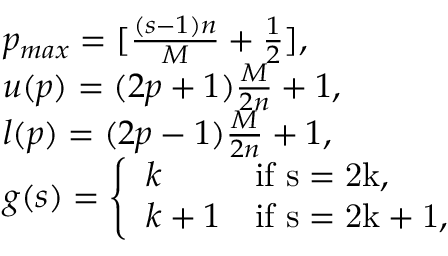
\begin{array} { l } { { p _ { m a x } = [ \frac { ( s - 1 ) n } { M } + \frac { 1 } { 2 } ] , } } \\ { { u ( p ) = ( 2 p + 1 ) \frac { M } { 2 n } + 1 , } } \\ { { l ( p ) = ( 2 p - 1 ) \frac { M } { 2 n } + 1 , } } \\ { { g ( s ) = \left\{ \begin{array} { l l } { { k } } & { { \mathrm { i f ~ s = 2 k , } } } \\ { { k + 1 } } & { { \mathrm { i f ~ s = 2 k + 1 , } } } \end{array} \right. } } \end{array}